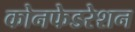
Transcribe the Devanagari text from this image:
कोनफेडरेशन